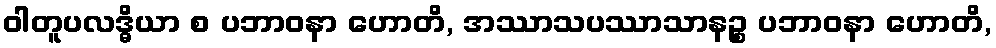
ဝါတူပလဒ္ဓိယာ စ ပဘာဝနာ ဟောတိ, အဿာသပဿာသာနဉ္စ ပဘာဝနာ ဟောတိ,